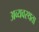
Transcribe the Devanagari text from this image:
अव्यवस्थता